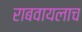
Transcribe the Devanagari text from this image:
राबवायलाच